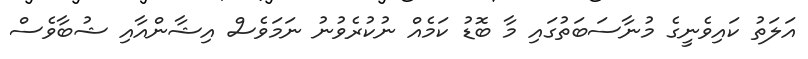
އަލަތު ކައިވެނީގެ މުނާސަބަތުގައި މާ ބޮޑު ކަމެއް ނުކުރެވުނު ނަމަވެސް އިޝާންއާއި ޝުބާވެސް